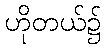
ဟိုတယ်၌